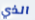
الذي